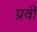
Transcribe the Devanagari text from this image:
प्रवी